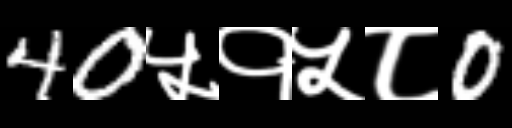
Text: 40५१५८0